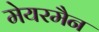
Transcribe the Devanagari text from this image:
मेयरमैन